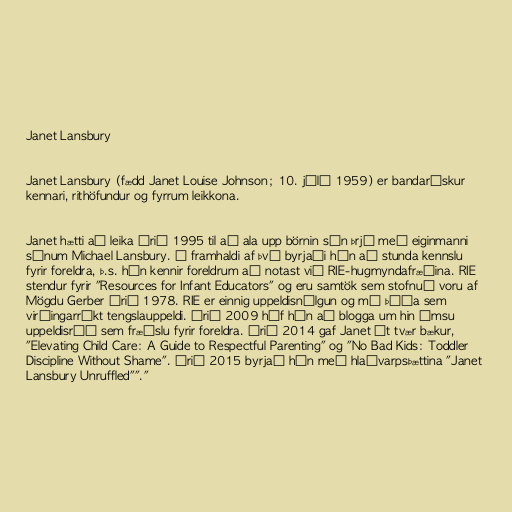
Janet Lansbury

Janet Lansbury (fædd Janet Louise Johnson; 10. júlí 1959) er bandarískur
kennari, rithöfundur og fyrrum leikkona.

Janet hætti að leika árið 1995 til að ala upp börnin sín þrjú með eiginmanni
sínum Michael Lansbury. Í framhaldi af því byrjaði hún að stunda kennslu
fyrir foreldra, þ.s. hún kennir foreldrum að notast við RIE-hugmyndafræðina. RIE
stendur fyrir "Resources for Infant Educators" og eru samtök sem stofnuð voru af
Mögdu Gerber árið 1978. RIE er einnig uppeldisnálgun og má þýða sem
virðingarríkt tengslauppeldi. Árið 2009 hóf hún að blogga um hin ýmsu
uppeldisráð sem fræðslu fyrir foreldra. Árið 2014 gaf Janet út tvær bækur,
"Elevating Child Care: A Guide to Respectful Parenting" og "No Bad Kids: Toddler
Discipline Without Shame". Árið 2015 byrjað hún með hlaðvarpsþættina "Janet
Lansbury Unruffled""."